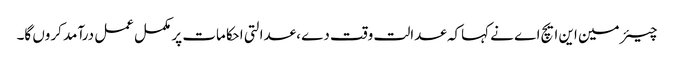
چیئر مین این ایچ اے نے کہاکہ عدالت وقت دے ،عدالتی احکامات پر مکمل عمل درآمد کروں گا۔